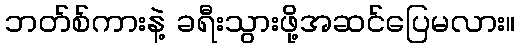
ဘတ်စ်ကားနဲ့ ခရီးသွားဖို့အဆင်ပြေမလား။